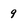
Character: 9